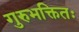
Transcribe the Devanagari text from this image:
गुरुभक्तितः